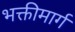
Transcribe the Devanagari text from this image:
भक्तीमार्ग